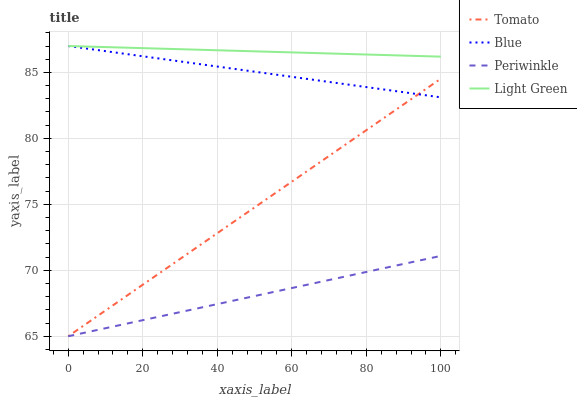
| xaxis_label | Tomato | Blue | Periwinkle | Light Green |
 | --- | --- | --- | --- | --- |
 | 0 | 65 | 87 | 65 | 87 |
 | 9.09 | 66.8 | 86.6 | 65.6 | 86.9 |
 | 18.2 | 68.6 | 86.3 | 66.1 | 86.9 |
 | 27.3 | 70.3 | 85.9 | 66.7 | 86.8 |
 | 36.4 | 72.1 | 85.6 | 67.2 | 86.7 |
 | 45.5 | 73.9 | 85.2 | 67.8 | 86.6 |
 | 54.5 | 75.7 | 84.9 | 68.3 | 86.6 |
 | 63.6 | 77.4 | 84.5 | 68.9 | 86.5 |
 | 72.7 | 79.2 | 84.2 | 69.4 | 86.4 |
 | 81.8 | 81 | 83.8 | 70 | 86.3 |
 | 90.9 | 82.8 | 83.5 | 70.5 | 86.3 |
 | 100 | 84.5 | 83.1 | 71.1 | 86.2 |